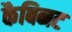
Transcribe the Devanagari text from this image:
कैबिनट